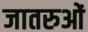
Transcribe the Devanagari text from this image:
जातरुओं